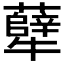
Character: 𪺶